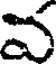
వ